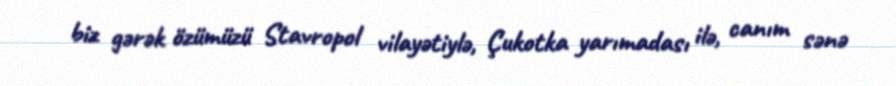
biz gərək özümüzü Stavropol vilayətiylə, Çukotka yarımadası ilə, canım sənə